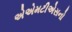
એએમટીએસનો